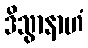
ဒိသွာနာဟံ